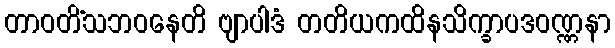
တာဝတိံသဘဝနေတိ ဗျာပါဒံ တတိယကထိနသိက္ခာပဒဝဏ္ဏနာ